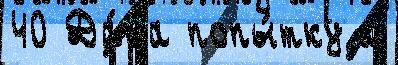
40 Да́та попы́тку м